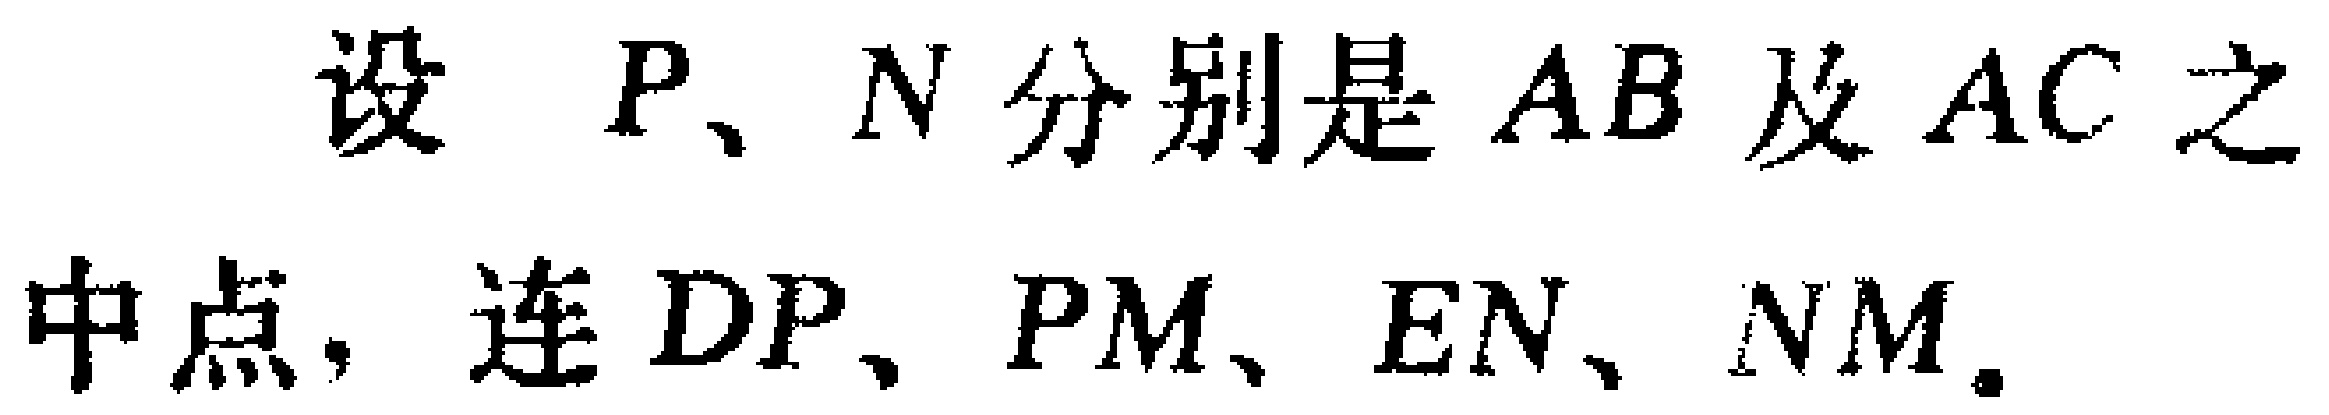
设 \(P、N\) 分别是 \(AB\) 及 \(AC\) 之中点，连 \(DP、PM、EN、NM\)。